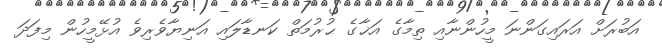
އަބުރަށް އަރައިގަންނަ މީހުންނާއި ތިމާގެ އަޚާގެ ޙުރުމަތް ކަނޑާލައި އަނިޔާވެރިވެ އުޅޭމީހުން މިފަދަ